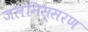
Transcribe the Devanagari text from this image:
जलनिस्सरण